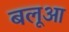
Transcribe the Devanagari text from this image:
बलूआ